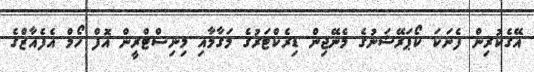
އޭގެކުރިން ފެނަކަ ކޯޕަރޭޝަނުގެ މެނޭޖިން ޑިރެކްޓަރުގެ މަގާމާއި މިނިސްޓްރީން އޮފް ހޯމް އެފެއާޒްގެ